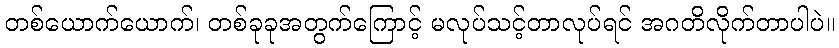
တစ်ယောက်ယောက်၊ တစ်ခုခုအတွက်ကြောင့် မလုပ်သင့်တာလုပ်ရင် အဂတိလိုက်တာပါပဲ။